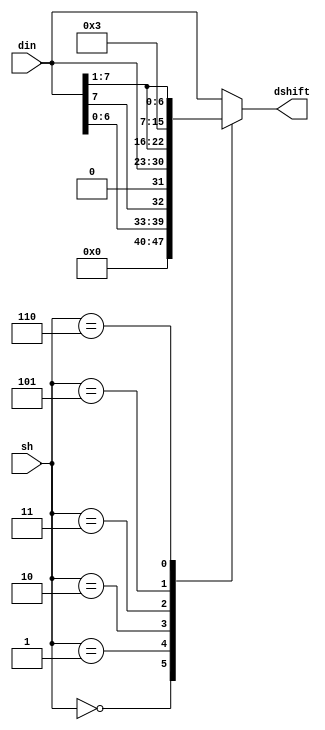
module shiftbyte(
    input [7:0] din,
    output reg [7:0] dshift,
    input [2:0] sh
    );

	always@*
		case (sh)
			0: dshift <= {din[6:0], 0};
			1: dshift <= {din[6:0], din[7]};
			2: dshift <= {0, din[7:1]};
			3: dshift <= {din[0], din[7:1]};
			4: dshift <= din;
			5: dshift <= {din[6:0], 1};
			6: dshift <= {1, din[7:1]};
			default: dshift <= din;
		endcase

endmodule